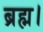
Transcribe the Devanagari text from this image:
ब्रह्म।